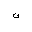
Letter: _non